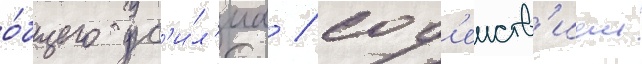
о́бщего ус'и́л'иа / сод'еиств'ием